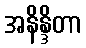
အနိန္ဒိတာ